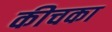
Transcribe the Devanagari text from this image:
कीचका